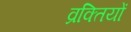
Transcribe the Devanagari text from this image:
व्रक्तियों